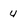
Character: 4